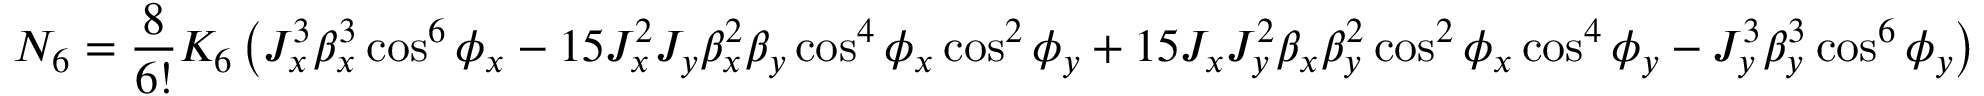
N _ { 6 } = \frac { 8 } { 6 ! } K _ { 6 } \left( J _ { x } ^ { 3 } \beta _ { x } ^ { 3 } \cos ^ { 6 } { \phi _ { x } } - 1 5 J _ { x } ^ { 2 } J _ { y } \beta _ { x } ^ { 2 } \beta _ { y } \cos ^ { 4 } { \phi _ { x } } \cos ^ { 2 } { \phi _ { y } } + 1 5 J _ { x } J _ { y } ^ { 2 } \beta _ { x } \beta _ { y } ^ { 2 } \cos ^ { 2 } { \phi _ { x } } \cos ^ { 4 } { \phi _ { y } } - J _ { y } ^ { 3 } \beta _ { y } ^ { 3 } \cos ^ { 6 } { \phi _ { y } } \right)